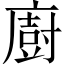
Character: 廚